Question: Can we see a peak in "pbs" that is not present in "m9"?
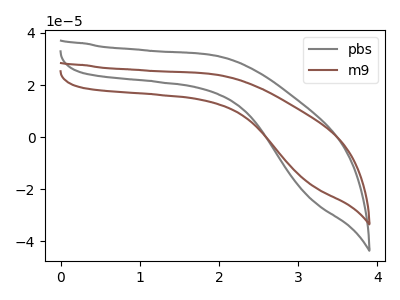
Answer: <think>The gray curve "pbs" has no peaks. The brown curve "m9" has no peaks.
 Neither "pbs" or "m9" have any peaks.</think>
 <answer>No, "pbs" and "m9" don't appear to be significantly different in shape</answer>
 <eval>no_change</eval>